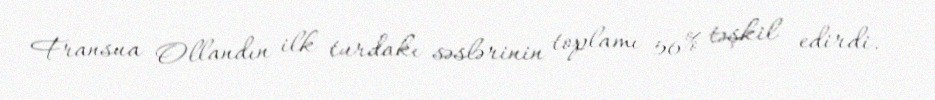
Fransua Ollandın ilk turdakı səslərinin toplamı 56% təşkil edirdi.